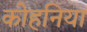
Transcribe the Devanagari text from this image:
कोहनिया